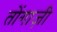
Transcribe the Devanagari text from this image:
तोंगाज़ी